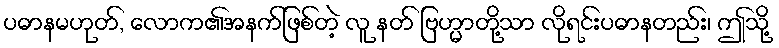
ပဓာနမဟုတ်, လောက၏အနက်ဖြစ်တဲ့ လူ နတ် ဗြဟ္မာတို့သာ လိုရင်းပဓာနတည်း၊ ဤသို့